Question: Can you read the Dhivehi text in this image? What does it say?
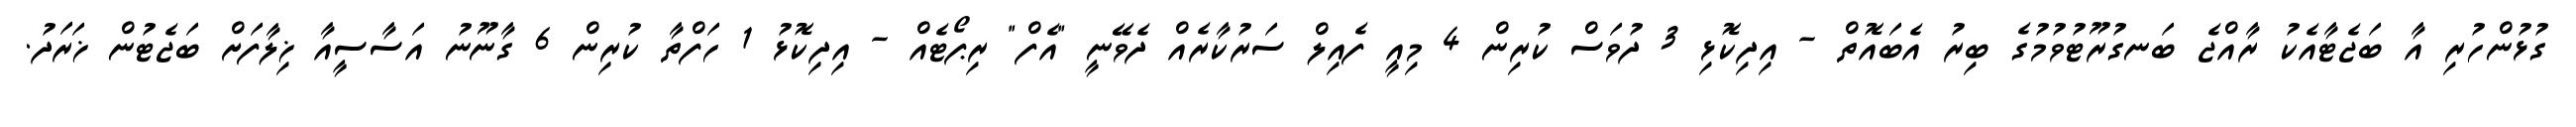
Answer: ގުޅުންހުރި އާ ބަޖެޓާއެކު ރާއްޖެ ބަނގުރޫޓުވުމުގެ ބިރު އެބައޮތް - އިދިކޮޅި 3 ދުވަސް ކުރިން 4 މިއީ ފެއިލް ސަރުކާރެއް ދެވޭނީ "އެފް" ރިޕޯޓެއް - އިދިކޮޅު 1 ހަފްތާ ކުރިން 6 ގާނޫނު އަސާސީއާ ޚިލާފަށް ބަޖެޓުން ޚަރަދު.